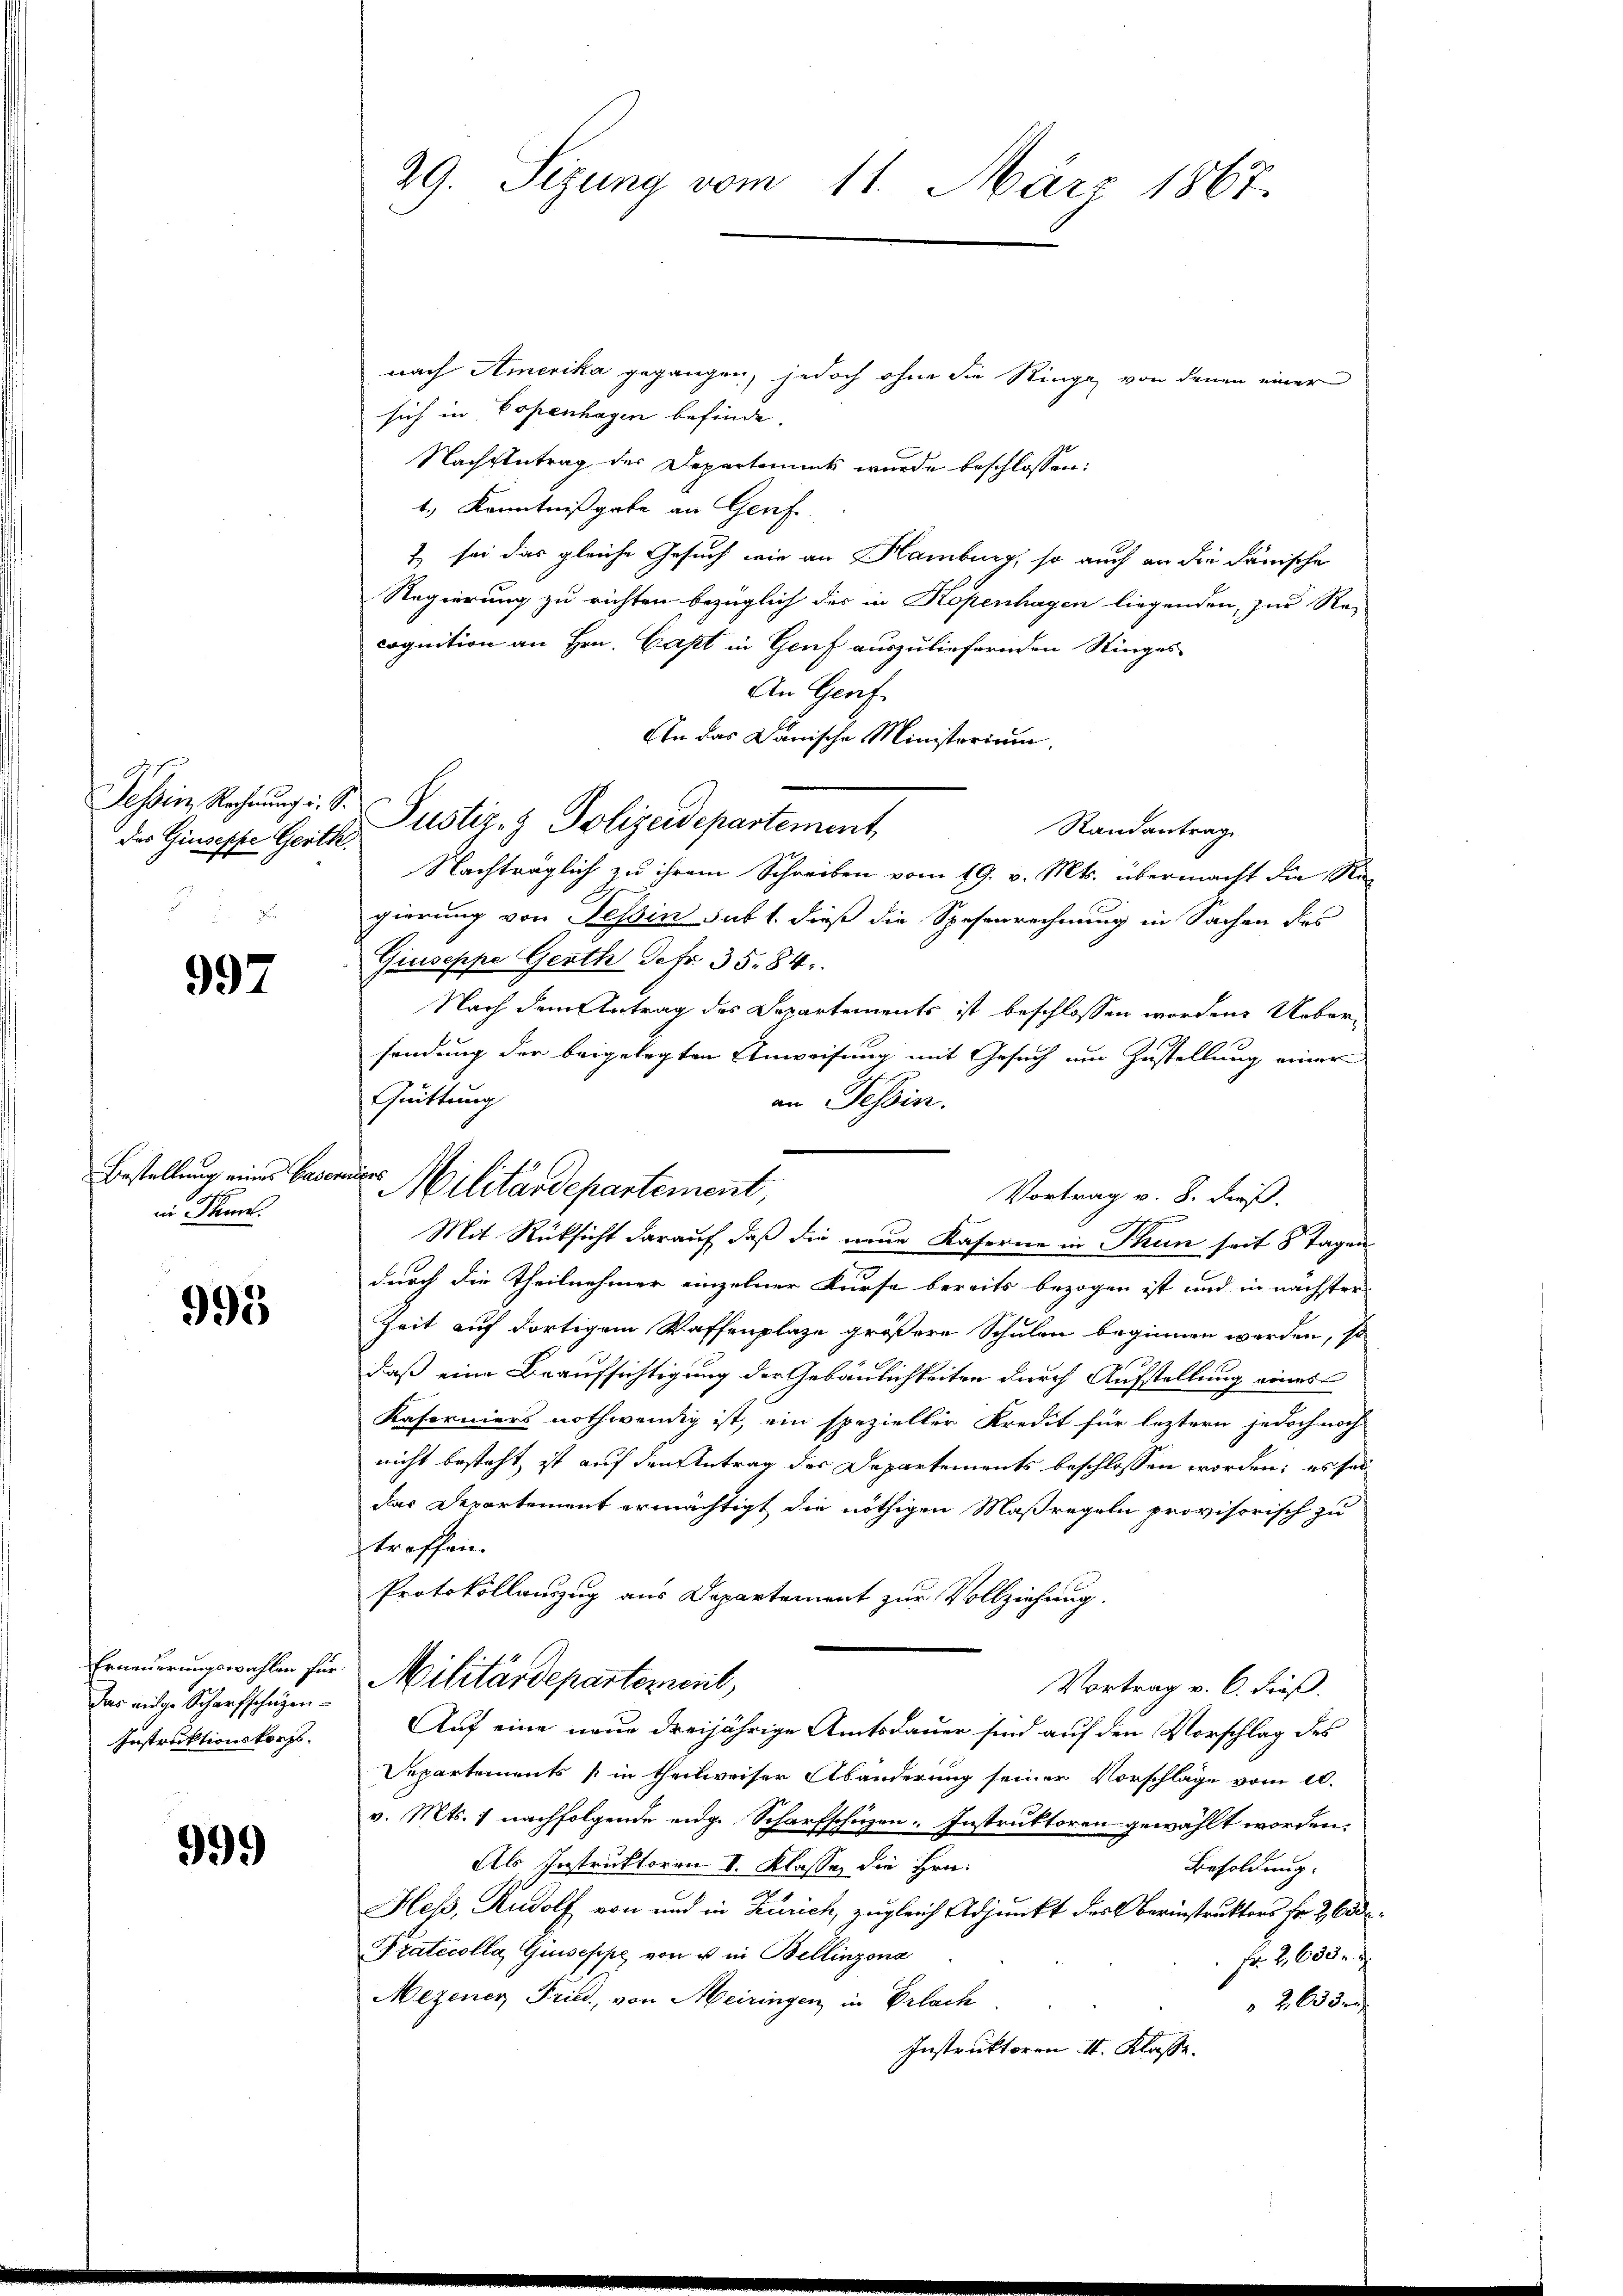
Das Giuseppe Gerth

997

Bestellung eines Base
h
in Thun.

995

das eige Scharfschügen.
Instruktionskorps.

999)

nach Amerika gegangen, jedoch ohne die Ringe von denen einer
sich in Copenhagen befinde.
Nachsutrag der Departement wurde beschlossen:
4.) Kenntnißgabe an Genf.
1 sei das gleiche Gesuch wie an Hamburg, so auch an die danische
Regierung zu richten bezüglich des in Kopenhagen liegenden, zur Re-
cognition an Hrn. Capt in Genf auszuliefernden Stinges
An Genf
An das Danische Ministerium,
Tessin Rechnŭng i. S. Pustiz- & Polizeidepartement
Randantrag
Nachträglich zu ihrem Schreiben vom 19. v. Mts. übermacht die Regierung von Tessin sub 1. dieß die Spesenrechnung in Sachen des
Giuseppe Gerth Sefr. 35. 84.
Nach dem Antrag des Departements ist beschlossen worden. Uebersendung der beigelegten Anweisung mit Gesuch um Zustellung einer
Quittung
an Tessin.
verdr
Militärdepartement,
Vortrag v. 8. dieß.
u
Mit Rücksicht darauf daß die neue Kaserne in Thun seit 8 Tagen
durch die Theilnehmer einzelner Kurse bereits bezogen ist und in nächster
Zeit auf dortigem Waffenplaze größere Schulen beginnen werden, so
daß eine Beaufsichtigung der Gebäulichkeiten durch Aufstellung eines
Kaforniers nothwendig ist, ein spezieller Kredit für leztern jedoch noch
nicht besteht, ist auf den Antrag des Departements beschlossen worden; es sei
das Departement ermächtigt die nöthigen Maßregeln provisorisch zu
treffen.
Protokollauszug aus Departement zur Vollziehung.
Erneuerungswahlen für Militärdepartement,
Vortrag v. 6. Fieß.
Auf eine neue dreijährige Amtsdauer sind auf den Vorschlag des
Departements (in theilweiser Abänderung seiner Vorschläge vom 20.
v. Mts. 1 nachfolgende enge Scharfschüzen-Instruktoren gewählt worden.
Als Instruktoren I. Klasse, die Hrn.
Besoldung:
Heß, Rudolf von und in Zürich, zugleich Adjunkt des Oberinstruktors Fr. 2, Code
Pratocolla, Giuseppe von u in Bellinzona
 Fr. 2,685.
Mezener Fried, von Meiringen in Erlach.
 2635
Instruktoren II. Klasse.

29. Sezung vom 11. März 1867.